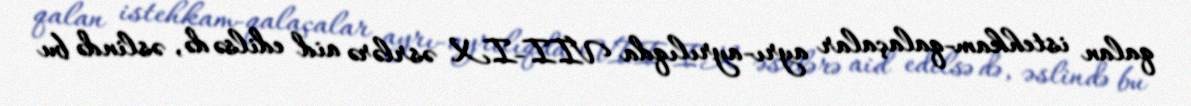
qalan istehkam-qalaçalar ayrı-ayrılıqda VII-IX əsrlərə aid edilsə də, əslində bu